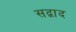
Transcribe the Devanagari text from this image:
सद्वाद